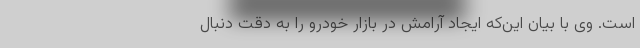
است. وی با بیان این‌که ایجاد آرامش در بازار خودرو را به دقت دنبال